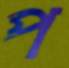
প